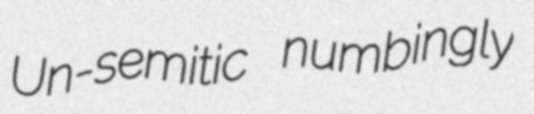
Un-semitic numbingly